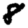
Digit: 8